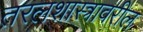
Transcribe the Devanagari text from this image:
तरलशास्त्रावरील